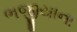
ભજીયાના